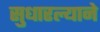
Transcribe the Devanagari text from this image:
सुधारल्याने